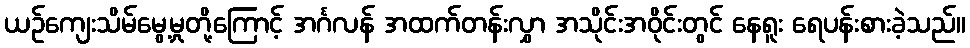
ယဉ်ကျေးသိမ်မွေ့မှုတို့ကြောင့် အင်္ဂလန် အထက်တန်းလွှာ အသိုင်းအဝိုင်းတွင် နေရူး ရေပန်းစားခဲ့သည်။